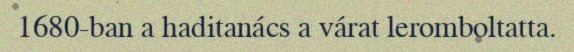
1680-ban a haditanács a várat leromboltatta.